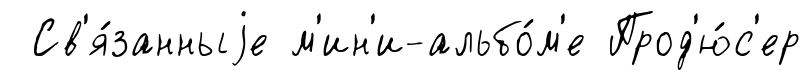
Св'я́занныjе м'ин'и-альбо́м'е Прод'ю́с'ер